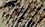
مصمم